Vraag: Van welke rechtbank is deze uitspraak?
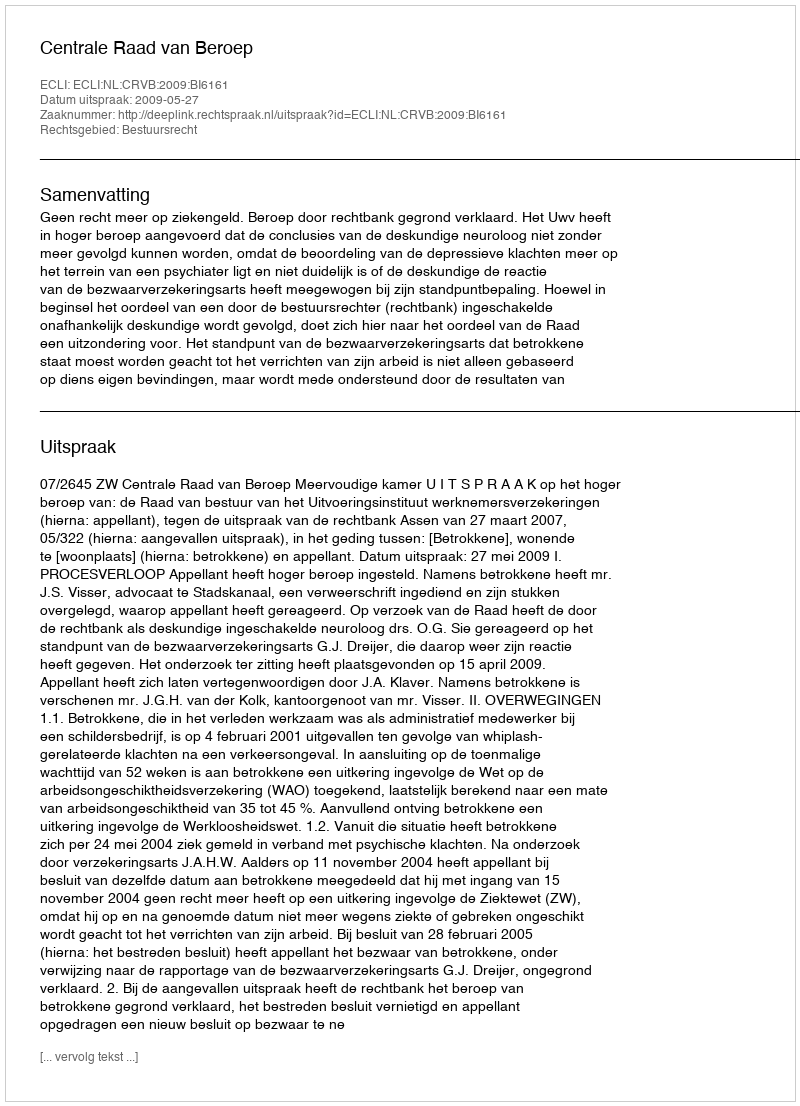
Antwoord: Centrale Raad van Beroep